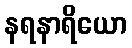
နရနာရိယော